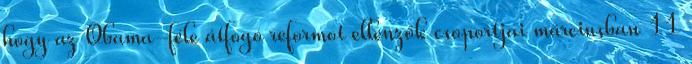
hogy az Obama-féle átfogó reformot ellenzők csoportjai márciusban 11